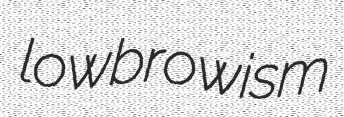
lowbrowism